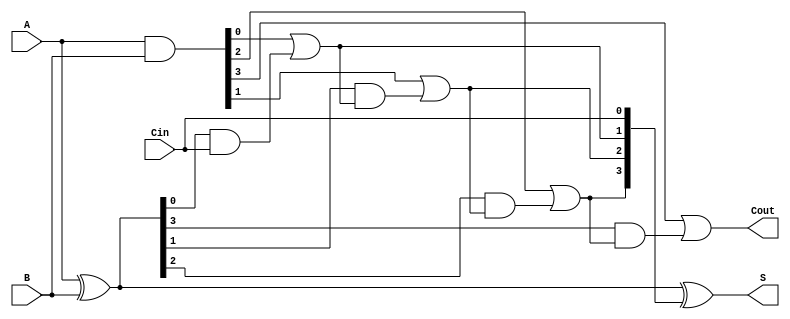
module carry_lookahead_adder #(
    parameter n = 4  // Parameter to define the bit-width of the adder
)(
    input  [n-1:0] A,     // First n-bit input
    input  [n-1:0] B,     // Second n-bit input
    input         Cin,     // Carry input
    output [n-1:0] S,      // n-bit sum output
    output        Cout      // Carry output
);

    // Generate and Propagate signals
    wire [n-1:0] G;  // Generate signals
    wire [n-1:0] P;  // Propagate signals
    wire [n:0] C;    // Carry signals (C[0] = Cin)

    // Generate and Propagate Logic
    assign G = A & B;          // Generate: Gi = Ai AND Bi
    assign P = A ^ B;          // Propagate: Pi = Ai XOR Bi

    // Carry Calculation
    assign C[0] = Cin;         // C0 = Cin
    generate
        genvar i;
        for (i = 0; i < n; i = i + 1) begin : carry_logic
            if (i == 0) begin
                assign C[i+1] = G[i] | (P[i] & C[i]);  // C1 = G0 OR (P0 AND C0)
            end else begin
                assign C[i+1] = G[i] | (P[i] & C[i]);  // Ci+1 = Gi OR (Pi AND Ci)
            end
        end
    endgenerate

    // Sum Calculation
    assign S = A ^ B ^ C[n-1:0];  // Si = Ai XOR Bi XOR Ci

    // Carry Output
    assign Cout = C[n];           // Final carry output

endmodule